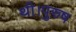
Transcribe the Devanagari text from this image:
थी।पुरुष